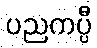
ပညကပ္ပီ